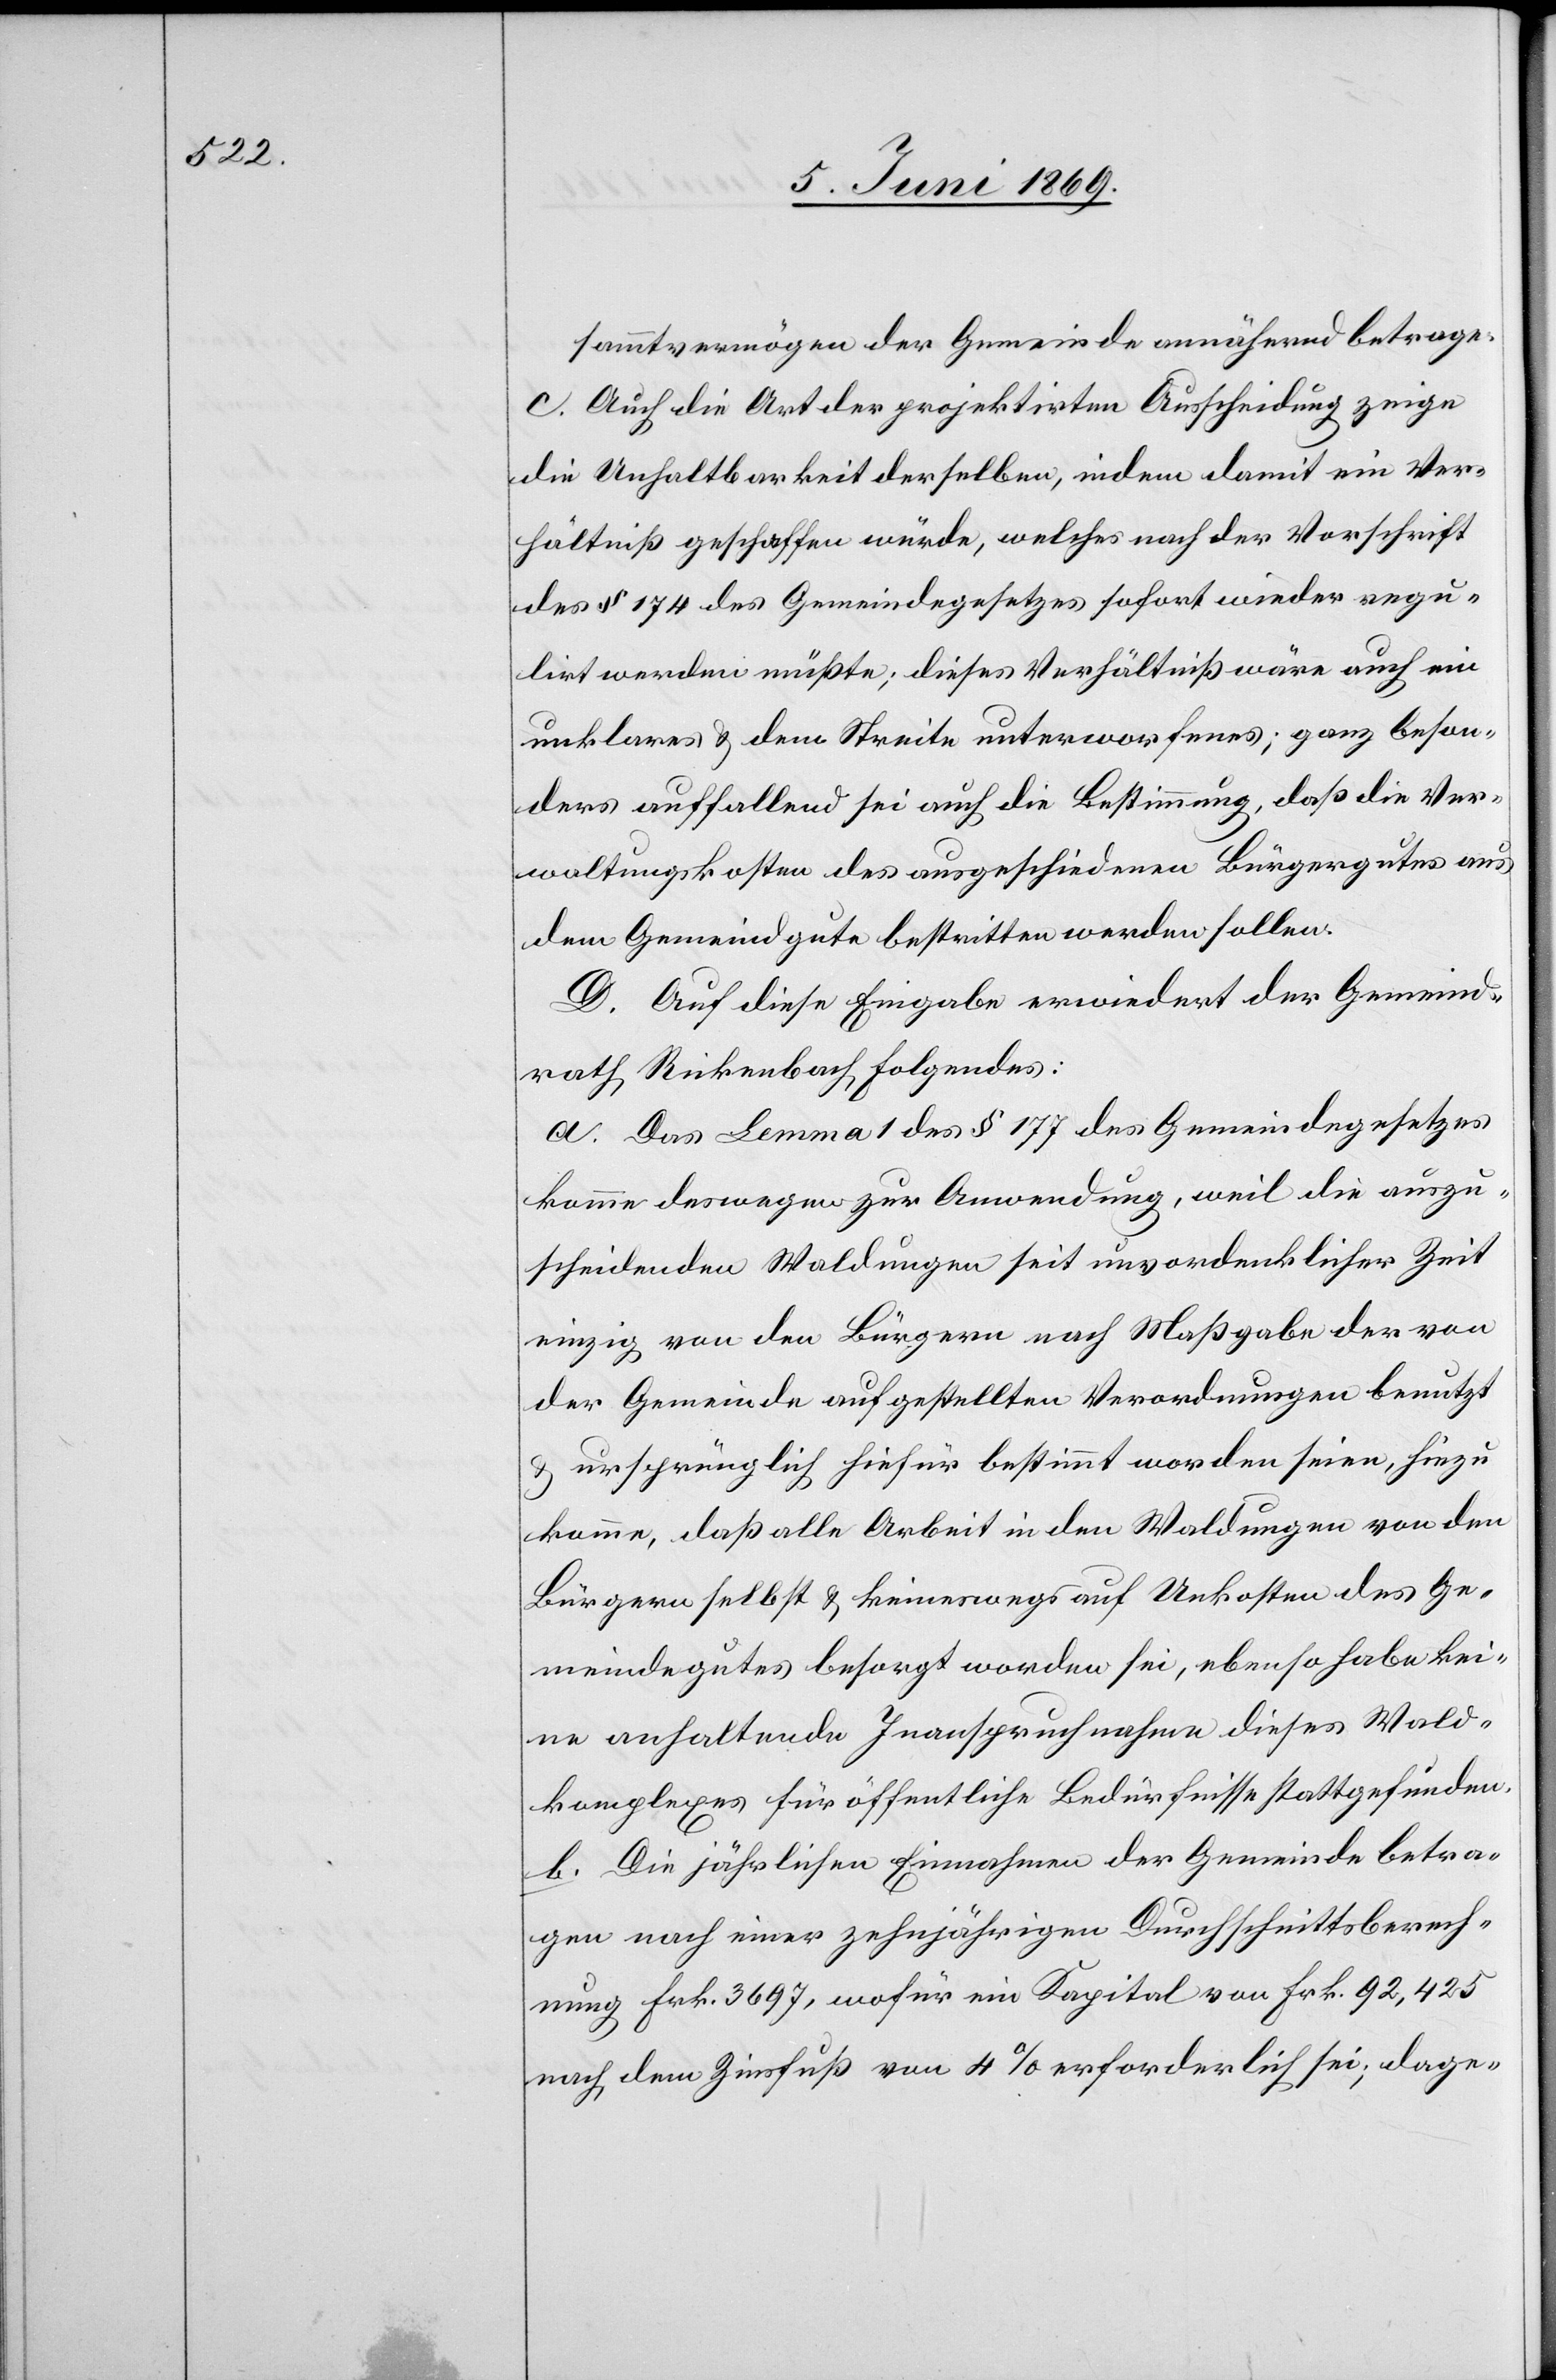
sammtvermögen der Gemeinde annähernd betrage.
c. Auch die Art der projektirten Ausscheidung zeige
die Unhaltbarkeit derselben, indem damit ein Ver¬
hältniß geschaffen würde, welches nach der Vorschrift
des § 174 des Gemeindegesetzes sofort wieder regu¬
lirt werden müßte; dieses Verhältniß wäre auch ein
unklares u. dem Streite unterworfenes; ganz beson¬
ders auffallend sei auch die Bestimmung, daß die Ver¬
waltungskosten des ausgeschiedenen Bürgergutes aus
dem Gemeindgute bestritten werden sollen.
D. Auf diese Eingabe erwiedert der Gemeind¬
rath Rickenbach Folgendes:
a. Das Lemma 1 des § 177 des Gemeindegesetzes
komme deswegen zur Anwendung, weil die auszu¬
scheidenden Waldungen seit unvordenklicher Zeit
einzig von den Bürgern nach Maßgabe der von
der Gemeinde aufgestellten Verordnungen benutzt
u. ursprünglich hiefür bestimmt worden seien, hiezu
komme, daß alle Arbeit in den Waldungen des Ge¬
meindgutes besorgt worden sei, ebenso habe kei¬
n anhaltende Inanspruchnahme dieses Wald¬
komplexes für öffentliche Bedürfnisse stattgefunden.
b. Die jährlichen Einnahmen der Gemeinde betra¬
gen nach einer zehnjährigen Durchschnittsberech¬
nung Frk. 3697, wofür ein Kapital von Frk. 92,425
nach dem Zinsfuß von 4% erforderlich sei; dage-